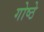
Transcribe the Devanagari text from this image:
गोष्ठे